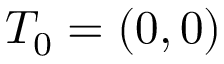
T _ { 0 } = ( 0 , 0 )